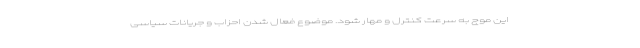
این موج به سرعت کنترل و مهار شود. موضوع فعال شدن احزاب و جریانات سیاسی